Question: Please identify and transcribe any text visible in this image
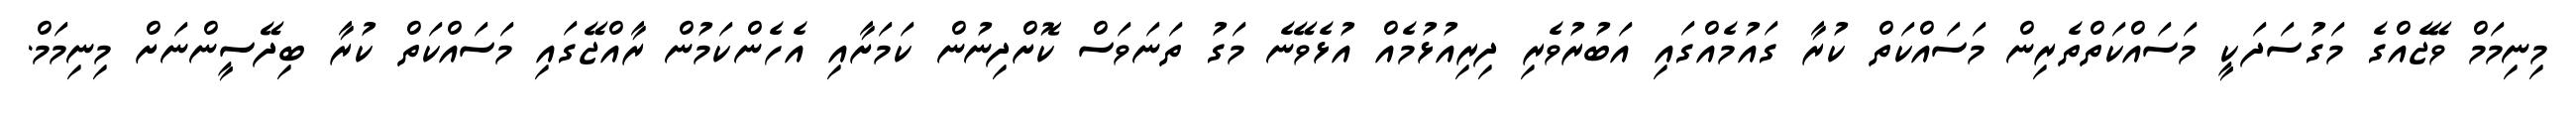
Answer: މިނިމަމް ވޭޖެއްގެ މަގުސަދަކީ މަސައްކަތްތެރިން މަސައްކަތް ކުރާ ގައުމެއްގައި އަބުރުވެރި ދިރިއުޅުމެއް އުޅެވޭނެ މަގު ތަނަވަސް ކޮށްދިނުން ކަމަށާއި އެހެންކަމުން ރާއްޖޭގައި މަސައްކަތް ކުރާ ބިދޭސީންނަށް މިނިމަމް.